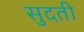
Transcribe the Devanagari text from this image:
सुदती